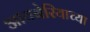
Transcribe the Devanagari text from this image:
आयबेरियाच्या